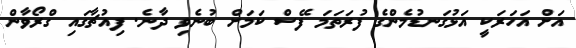
އަށް އަހަރަކީ އަޅުގަނޑުމެންގެ ފުރަތަމަ ފޭސް ކަމަށް ބުނެވި ދާނެ. ފިއުޗާގައި ގްރޯވާން